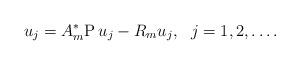
LaTeX: \begin{align*}u_j=A^*_m{\rm P\,}u_j-R_mu_j,\ \ j=1,2,\ldots.\end{align*}